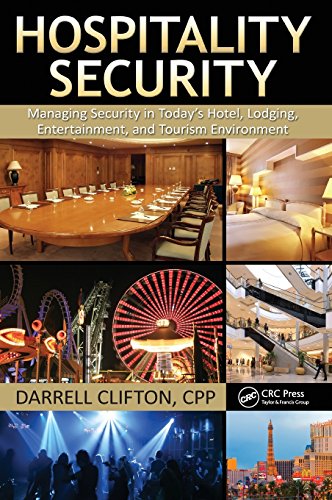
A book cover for Hospitality Security: Managing Security in Today's Hotel, Lodging, Entertainment, and Tourism Environment; Darrell Clifton; Business & Money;